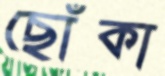
ছোঁকা